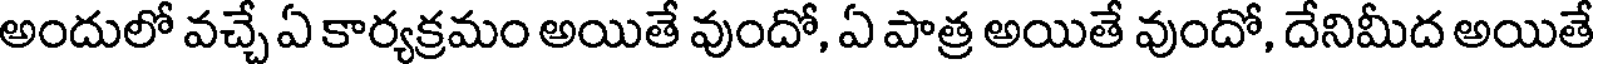
అందులో వచ్చే ఏ కార్యక్రమం అయితే వుందో, ఏ పాత్ర అయితే వుందో, దేనిమీద అయితే